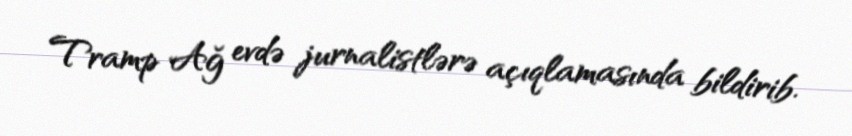
Tramp Ağ evdə jurnalistlərə açıqlamasında bildirib.